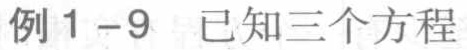
例1 - 9 已知三个方程